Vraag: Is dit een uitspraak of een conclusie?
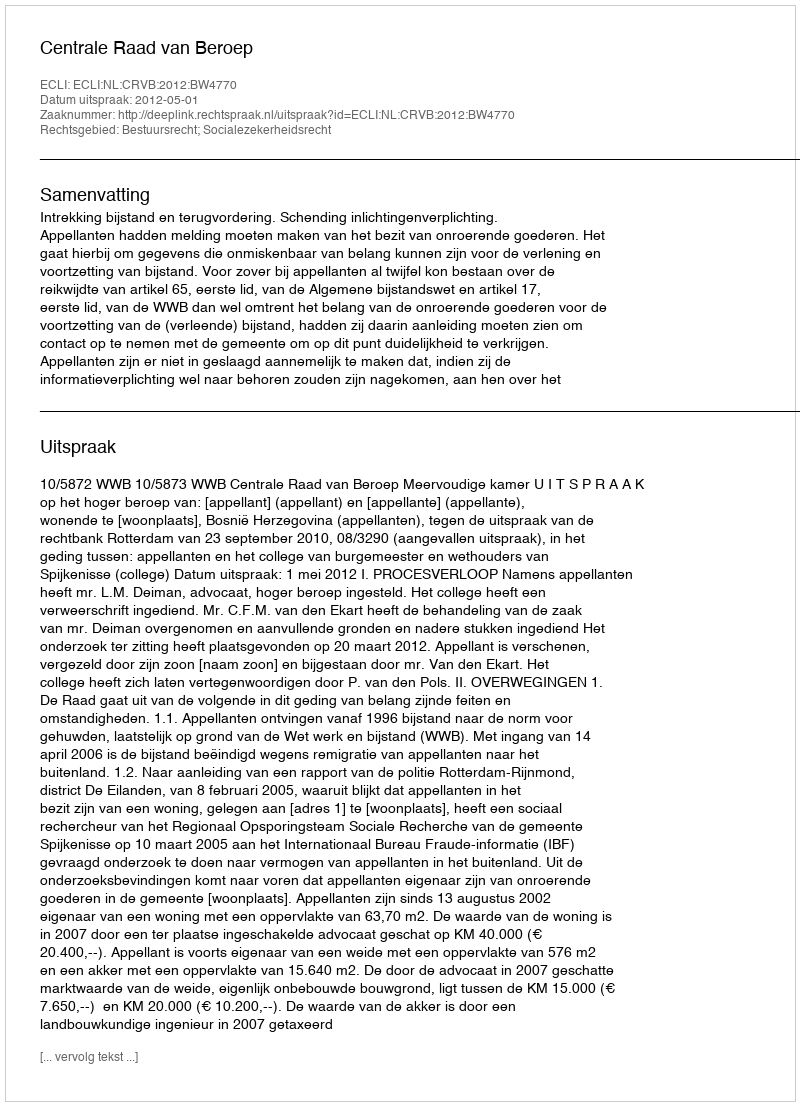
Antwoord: Uitspraak